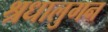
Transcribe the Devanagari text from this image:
श्रधालुगन